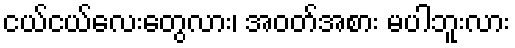
ငယ်ငယ်လေးတွေလား၊ အဝတ်အစား မပါဘူးလား